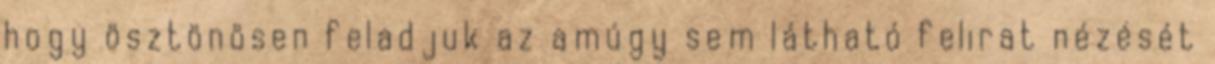
hogy ösztönösen feladjuk az amúgy sem látható felirat nézését